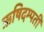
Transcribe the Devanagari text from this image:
ऋषिदम्पती